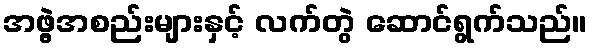
အဖွဲ့အစည်းများနှင့် လက်တွဲ ဆောင်ရွက်သည်။